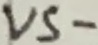
Text: VS-